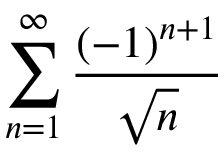
\sum _ { n = 1 } ^ { \infty } \frac { ( - 1 ) ^ { n + 1 } } { \sqrt { n } }